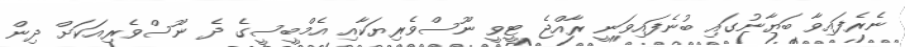
ނެރެފައިވާ ބަޔާނުގައި ބުނެފައިވަނީ ރާއްޖެ ޓީވީ ނޫސްވެރިޔަކާއި އެމްބީސީގެ ދެ ނޫސްވެރިއަކަށް ދިން